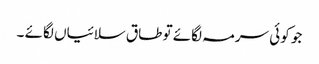
جو کوئی سرمہ لگائے تو طاق سلائیاں لگائے ۔